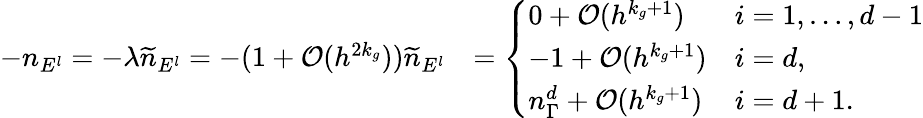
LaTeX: \begin{array}{rl}{-n_{E^{l}}=-\lambda\widetilde{n}_{E^{l}}=-(1+\mathcal{O}(h^{2k_{g}}))\widetilde{n}_{E^{l}}}&{=\left\{ \begin{array}{ll}{0+\mathcal{O}(h^{k_{g}+1})}&{i=1,\ldots,d-1}\\ {-1+\mathcal{O}(h^{k_{g}+1})}&{i=d,}\\ {n_{\Gamma}^{d}+\mathcal{O}(h^{k_{g}+1})}&{i=d+1.}\end{array}\right.}\end{array}